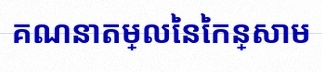
គណនាតម្លៃនៃកន្សោម